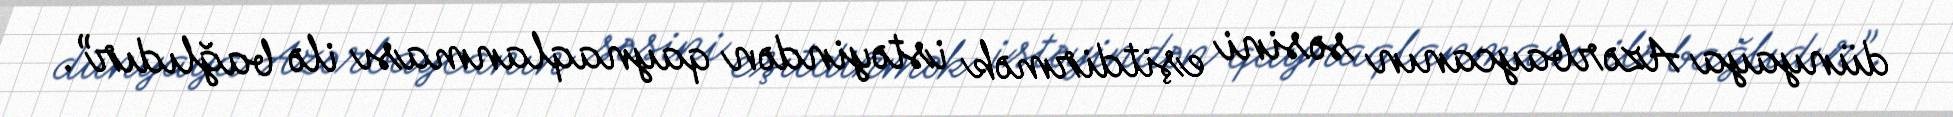
dünyaya Azərbaycanın səsini eşitdirmək istəyindən qaynaqlanması ilə bağlıdır”.